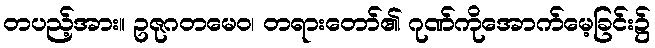
တပည့်အား။ ဥဇုဂတမေဝ၊ တရားတော်၏ ဂုဏ်ကိုအောက်မေ့ခြင်း၌